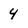
Character: 4